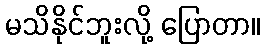
မသိနိုင်ဘူးလို့ ပြောတာ။